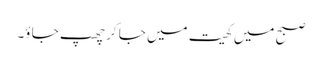
صبح میں کھیت میں جا کر چھپ جا ؤ۔